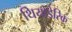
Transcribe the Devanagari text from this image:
थियोडेरिक